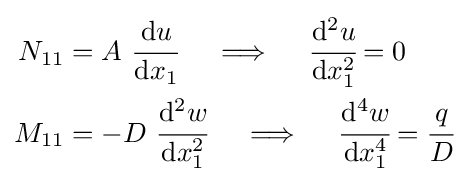
{\begin{aligned}N_{11}&=A~{\cfrac {\mathrm {d} u}{\mathrm {d} x_{1}}}\quad \implies \quad {\cfrac {\mathrm {d} ^{2}u}{\mathrm {d} x_{1}^{2}}}=0\\M_{11}&=-D~{\cfrac {\mathrm {d} ^{2}w}{\mathrm {d} x_{1}^{2}}}\quad \implies \quad {\cfrac {\mathrm {d} ^{4}w}{\mathrm {d} x_{1}^{4}}}={\cfrac {q}{D}}\\\end{aligned}}